Report on horse surra - Volume I
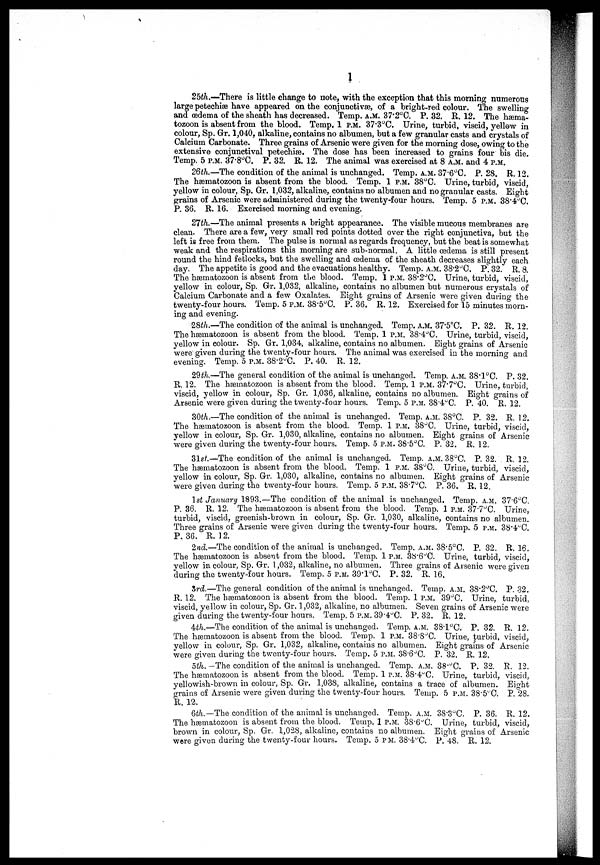
1
25th.—There is little change to note, with the exception that this morning numerous
large petechiæ have appeared on the conjunctivæ, of a bright-red colour. The swelling
and œdema of the sheath has decreased. Temp. A.M. 37.2°C. P. 32. R. 12. The hæma-
tozoon is absent from the blood. Temp. 1 P.M. 37.3°C. Urine, turbid, viscid, yellow in
colour, Sp. Gr. 1,040, alkaline, contains no albumen, but a few granular casts and crystals of
Calcium Carbonate. Three grains of Arsenic were given for the morning dose, owing to the
extensive conjunctival petechiæ. The dose has been increased to grains four bis die.
Temp. 5 P.M. 37.8°C. P. 32. R. 12. The animal was exercised at 8 A.M. and 4 P.M.
26th.— The condition of the animal is unchanged. Temp. A.M. 37.6°C. P. 28. R. 12.
The hæmatozoon is absent from the blood. Temp. 1 P.M. 38°C. Urine, turbid, viscid,
yellow in colour, Sp. Gr. 1,032, alkaline, contains no albumen and no granular casts. Eight
grains of Arsenic were administered during the twenty-four hours. Temp. 5 P.M. 38.4°C.
P. 36. R. 16. Exercised morning and evening.
27th.—The animal presents a bright appearance. The visible mucous membranes are
clean. There are a few, very small red points dotted over the right conjunctiva, but the
left is free from them. The pulse is normal as regards frequency, but the beat is somewhat
weak and the respirations this morning are sub-normal. A little oedema is still present
round the hind fetlocks, but the swelling and oedema of the sheath decreases slightly each
day. The appetite is good and the evacuations healthy. Temp. A.M. 38.2°C. P. 32. R. 8.
The hæmatozoon is absent from the blood. Temp. 1 P.M. 38.2°C. Urine, turbid, viscid,
yellow in colour, Sp. Gr. 1,032, alkaline, contains no albumen but numerous crystals of
Calcium Carbonate and a few Oxalates. Eight grains of Arsenic were given during the
twenty-four hours. Temp. 5 P.M. 38.5°C. P. 36. R. 12. Exercised for 15 minutes morn-
ing and evening.
28th.—The condition of the animal is unchanged. Temp. A.M. 37.5°C. P. 32. R. 12.
The hæmatozoon is absent from the blood. Temp. 1 P.M. 38.4°C. Urine, turbid, viscid,
yellow in colour. Sp. Gr. 1,034, alkaline, contains no albumen. Eight grains of Arsenic
were given during the twenty-four hours. The animal was exercised in the morning and
evening. Temp. 5 P.M. 38.2°C. P. 40. R. 12.
29th.—The general condition of the animal is unchanged. Temp. A.M. 38.1°C. P. 32.
R. 12. The hæmatozoon is absent from the blood. Temp. 1 P.M. 37.7°C. Urine, torbid,
viscid, yellow in colour, Sp. Gr. 1,036, alkaline, contains no albumen. Eight grains of
Arsenic were given during the twenty-four hours. Temp. 5 P.M. 38.4°C. P. 40. R. 12.
30th.—The condition of the animal is unchanged. Temp. A.M. 38°C. P. 32. R. 12.
The hæmatozoon is absent from the blood. Temp. 1 P.M. 38°C. Urine, turbid, viscid,
yellow in colour, Sp. Gr. 1,030, alkaline, contains no albumen. Eight grains of Arsenic
were given during the twenty-four hours. Temp. 5 P.M. 38.5°C. P. 32. R. 12.
31st.—The condition of the animal is unchanged. Temp. A.M. 38°C. P. 32. R. 12.
The hæmatozoon is absent from the blood. Temp. 1 P.M. 38°C. Urine, turbid, viscid,
yellow in colour, Sp. Gr. 1,030, alkaline, contains no albumen. Eight grains of Arsenic
were given during the twenty-four hours. Temp. 5 P.M. 38.7°C. P. 36. R. 12.
1st January 1893.—The condition of the animal is unchanged. Temp. A.M. 37.6°C.
P. 36. R. 12. The hæmatozoon is absent from the blood. Temp. 1 P.M. 37.7°C. Urine,
turbid, viscid, greenish-brown in colour, Sp. Gr. 1,030, alkaline, contains no albumen.
Three grains of Arsenic were given during the twenty-four hours. Temp. 5 P.M. 38.4°C.
P. 36. R. 12.
2nd.—The condition of the animal is unchanged. Temp. A.M. 38.5°C. P. 32. R. 16.
The hæmatozoon is absent from the blood. Temp. 1 P.M. 38.6°C. Urine, turbid, viscid,
yellow in colour, Sp. Gr. 1,032, alkaline, no albumen. Three grains of Arsenic were given
during the twenty-four hours. Temp. 5 P.M. 39.1°C. P. 32. R. 16.
3rd.—The general condition of the animal is unchanged. Temp. A.M. 38.2°C. P. 32.
R. 12. The hæmatozoon is absent from the blood. Temp. 1 P.M. 39°C. Urine, turbid,
viscid, yellow in colour, Sp. Gr. 1,032, alkaline, no albumen. Seven grains of Arsenic were
given during the twenty-four hours. Temp. 5 P.M. 39.4°C. P. 32. R. 12.
4th.—The condition of the animal is unchanged. Temp. A.M. 38.l°C. P. 32. R. 12.
The hæmatozoon is absent from the blood. Temp. 1 P.M. 38.8 J C. Urine, turbid, viscid,
yellow in colour, Sp. Gr. 1,032, alkaline, contains no albumen. Eight grams of Arsenic
were given during the twenty-four hours. Temp. 5 P.M. 38.6°C. P. 32. R. 12.
5th. -The condition of the animal is unchanged. Temp. A.M. 38.°C. P. 32. R. 12.
The hæmatozoon is absent from the blood. Temp. 1 P.M. 38.4°C. Urine, turbid, viscid,
yellowish-brown in colour, Sp. Gr. 1,038, alkaline, contains a trace of albumen. Eight
grains of Arsenic were given during the twenty-four hours. Temp. 5 P.M. 38.5°C. P. 28.
R. 12.
6th—The condition of the animal is unchanged. Temp. A.M. 38.3°C. P. 36. R. 12.
The hæmatozoon is absent from the blood. Temp. 1 P.M. 38.6°C. Urine, turbid, viscid,
brown in colour, Sp. Gr. 1,028, alkaline, contains no albumen. Eight grains of Arsenic
were given during the twenty-four hours. Temp. 5 P.M. 38.4°C. P. 48. R. 12.